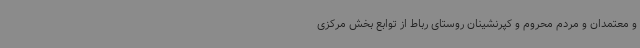
و معتمدان و مردم محروم و کپرنشینان روستای رباط از توابع بخش مرکزی